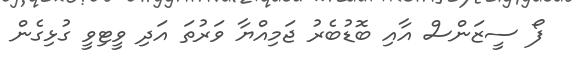
ފޯ ސީޒަންސް އާއި ބޮޑުބެރު ޖަމިއްޔާ ވަރުތަ އަދި ވީޓިވީ ގުޅިގެން